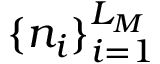
\{ n _ { i } \} _ { i = 1 } ^ { L _ { M } }